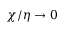
\chi / \eta \to 0